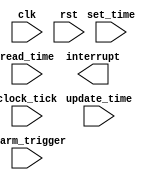
module RTC_timer (
    input wire clk,
    input wire rst,
    input wire set_time,
    input wire update_time,
    input wire read_time,
    input wire alarm_trigger,
    input wire clock_tick,
    output reg interrupt
);

reg [31:0] current_time;

always @(posedge clk or posedge rst) begin
    if (rst) begin
        current_time <= 32'h00000000;
    end else begin
        if (set_time) begin
            current_time <= $random;
        end else if (update_time) begin
            current_time <= current_time + 1;
        end else if (read_time) begin
            // Read current_time
        end
    end
end

always @(posedge clk) begin
    if (clock_tick) begin
        // Generate interrupt based on user-defined timing events
    end else if (alarm_trigger) begin
        // Generate interrupt for alarm trigger
    end
end

// Interface with external clock sources for accurate timekeeping
// Additional logic for synchronization

endmodule